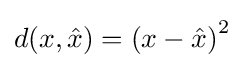
d(x,{\hat {x}})=\left(x-{\hat {x}}\right)^{2}